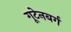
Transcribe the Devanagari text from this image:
गूटेनबर्ग